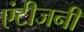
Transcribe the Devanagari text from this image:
एंटीजनी